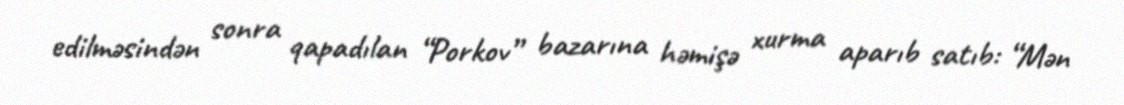
edilməsindən sonra qapadılan “Porkov” bazarına həmişə xurma aparıb satıb: “Mən